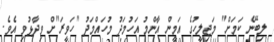
ލިބޭނެ ކަމަށް" މަޖިލީހުގެ އަމީން އާންމު އަހުމަދު މުހައްމަދު "ހަވީރަ"ށް ވިދާޅުވި އެވެ.